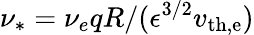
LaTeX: \nu_{*}=\nu_{e}qR/(\epsilon^{3/2}v_{\mathrm{th,e}})